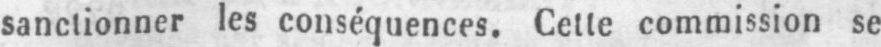
sanctionner les conséquences. Cette commission se